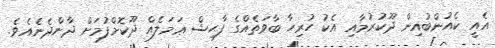
އެއީ ކެއުންބުއިން ދޫކުރުމާއި އެކު ހުރިހާ ބާވަތެއްގެ ފާޙިޝް ޢަމަލެއް ދޫކޮށްފުމަށް ދާންދެނެއެވެ.